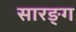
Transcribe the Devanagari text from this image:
सारङ्ग